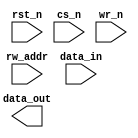
////////////////////////////////////////////////////////////////////////////////
//
//       This confidential and proprietary software may be used only
//     as authorized by a licensing agreement from Synopsys Inc.
//     In the event of publication, the following notice is applicable:
//
//                    (C) COPYRIGHT 1996 - 2018 SYNOPSYS INC.
//                           ALL RIGHTS RESERVED
//
//       The entire notice above must be reproduced on all authorized
//     copies.
//
//
// VERSION:   Simulation Architecture
//
// DesignWare_version: 7285f3f5
// DesignWare_release: O-2018.06-DWBB_201806.3
//
////////////////////////////////////////////////////////////////////////////////
//-----------------------------------------------------------------------------------
//
// ABSTRACT:  Single-Port RAM (Latch-Based)
//            (latch based memory array)
//
//              Parameters:     Valid Values
//              ===========     ============
//              data_width      [ 1 to 256 ]
//              depth           [ 2 to 256 ]
//              rst_mode        [ 0 = asynchronous reset,
//                                1 = no reset ]
//
//              Input Ports:    Description
//              ============    ===========
//              rst_n           Reset (active low)
//              cs_n            Chip Select (active low)
//              wr_n            Write Enable (active low)
//              rw_addr         Address Bus [ceil( log2(depth) )]
//              data_in         Input data [data_width-1:0]
//
//              Output Ports:   Description
//              =============   ===========
//              data_out        Output data [data_width-1:0]
//
//      NOTE: This RAM is intended to be used as a scratchpad memory only.
//              For best results keep "depth" and "data_width" less than 65
//              (ie. less than 64 words in RAM) and the overall number of
//              bits less than 256.
//
//              10/18/00  RPH       Rewrote accoding to new guidelines 
//                                  STAR 111067   
//              9/10/14   RJK       Eliminated common async and sync reset coding
//				    style to support VCS NLP
//
//------------------------------------------------------------------------------

module DW_ram_rw_a_lat (rst_n, cs_n, wr_n, rw_addr, data_in, data_out);

   parameter integer data_width = 4;
   parameter integer depth = 8;
   parameter integer rst_mode = 1;


// Address width calculation limited to 8 bits (i.e. max depth 256)
`define DW_addr_width  ((depth>16)?((depth>64)?((depth>128)? 8 : 7) : ((depth>32)? 6 : 5)) : ((depth>4)?((depth>8)? 4 : 3) : ((depth>2)? 2 : 1)))
   
   input     wr_n;
   input     cs_n;
   input     rst_n;
   input [data_width-1 : 0] data_in;   // input port description
   input [`DW_addr_width-1 : 0] rw_addr;

   output [data_width-1 : 0] data_out; // output port description
// synopsys translate_off
   wire [data_width-1:0]   data_in;
   wire [data_width-1:0]   data_in_int;
   reg [data_width-1:0]    mem [depth-1:0];
   
   integer 		   i;
   
   function	any_unknown;
      input[`DW_addr_width-1:0] addr;
      integer	bit_idx;
      begin
	 any_unknown = 1'b0;

	 for (bit_idx = `DW_addr_width-1;
	      bit_idx >= 0 && any_unknown === 1'b0;
	      bit_idx = bit_idx-1)
	 begin
	    if (addr[bit_idx] !== 1'b0 && addr[bit_idx] !== 1'b1)
	      begin
		 any_unknown = 1'b1;
	      end
	 end
      end
   endfunction // any_unknown
   
  
 
  initial begin : parameter_check
    integer param_err_flg;

    param_err_flg = 0;
    
    
  
    if ( (data_width < 1) || (data_width > 256) ) begin
      param_err_flg = 1;
      $display(
	"ERROR: %m :\n  Invalid value (%d) for parameter data_width (legal range: 1 to 256)",
	data_width );
    end
  
    if ( (depth < 2) || (depth > 256 ) ) begin
      param_err_flg = 1;
      $display(
	"ERROR: %m :\n  Invalid value (%d) for parameter depth (legal range: 2 to 256 )",
	depth );
    end
  
    if ( (rst_mode < 0) || (rst_mode > 1 ) ) begin
      param_err_flg = 1;
      $display(
	"ERROR: %m :\n  Invalid value (%d) for parameter rst_mode (legal range: 0 to 1 )",
	rst_mode );
    end


  
    if ( param_err_flg == 1) begin
      $display(
        "%m :\n  Simulation aborted due to invalid parameter value(s)");
      $finish;
    end

  end // parameter_check 


  assign data_out = (rw_addr < depth && cs_n === 1'b0) ? 
		     (any_unknown(rw_addr) ? 
		      {data_width{1'bx}} : mem[rw_addr]) : {data_width{1'b0}};
   
   assign data_in_int = (any_unknown(data_in)) ? {data_width{1'bx}} : data_in;
   
   
generate
 if (rst_mode == 0) begin : GEN_RM_EQ_0
   always @(cs_n or rw_addr or wr_n or data_in_int or rst_n)
     begin : mk_ar_mem
	if (rst_n === 1'b0) begin
	   for (i = 0; i < depth; i = i + 1) begin
	      mem[i] = {data_width{1'b0}};
	   end 
	end
	else if (rst_n === 1'b1) begin
	   if (cs_n === 1'b0) begin
	      if (wr_n === 1'b0) begin
		 if (any_unknown(rw_addr) == 1'b1) begin
		    for (i = 0; i < depth; i = i + 1) begin
		       mem[i] = {data_width{1'bx}};
		    end 
		 end
		 else begin
		    mem[rw_addr] = data_in_int;
		 end // else: !if(any_unknown(rw_addr) == 1'b1)
	      end // if (cs_n === 1'b0)
	      else if(wr_n === 1'b1) begin
		 // do nothing
	      end
	      else begin
		 if (any_unknown(rw_addr) == 1'b1) begin
		    for (i = 0; i < depth; i = i + 1) begin
		       mem[i] = {data_width{1'bx}};
		    end 
		 end
		 else begin
		    mem[rw_addr] = {data_width{1'bx}};
		 end // else: !if(any_unknown(rw_addr) == 1'b1)
	      end
	   end // if (cs_n === 1'b0)
	   else if (cs_n === 1'b1) begin
	      // do nothing
	   end
	   else begin
	      if (any_unknown(rw_addr) == 1'b1) begin
		 for (i = 0; i < depth; i = i + 1) begin
		    mem[i] = {data_width{1'bx}};
		 end 
	      end
	      else begin
		 mem[rw_addr] = data_in_int;
	      end // else: !if(any_unknown(rw_addr) == 1'b1)
	   end // else: !if(cs_n === 1'b1)
	end // if (rst_n === 1'b1)
	else begin
	   for (i = 0; i < depth; i = i + 1) begin
	      mem[i] = {data_width{1'bx}};
	   end 
	end // else: !if(rst_n === 1'b1)
     end // block: mk_ar_mem
  end else begin : GEN_RM_NE_0
   always @(cs_n or rw_addr or wr_n or data_in_int)
     begin : mk_nr_mem
       if (cs_n === 1'b0) begin
	  if (wr_n === 1'b0) begin
	     if (any_unknown(rw_addr) == 1'b1) begin
		for (i = 0; i < depth; i = i + 1) begin
		   mem[i] = {data_width{1'bx}};
		end 
	     end
	     else begin
		mem[rw_addr] = data_in_int;
	     end // else: !if(any_unknown(rw_addr) == 1'b1)
	  end // if (cs_n === 1'b0)
	  else if(wr_n === 1'b1) begin
	     // do nothing
	  end
	  else begin
	     if (any_unknown(rw_addr) == 1'b1) begin
		for (i = 0; i < depth; i = i + 1) begin
		   mem[i] = {data_width{1'bx}};
		end 
	     end
	     else begin
		mem[rw_addr] = {data_width{1'bx}};
	     end // else: !if(any_unknown(rw_addr) == 1'b1)
	  end
       end // if (cs_n === 1'b0)
       else if (cs_n === 1'b1) begin
	  // do nothing
       end
       else begin
	  if (any_unknown(rw_addr) == 1'b1) begin
	     for (i = 0; i < depth; i = i + 1) begin
		mem[i] = {data_width{1'bx}};
	     end 
	  end
	  else begin
	     mem[rw_addr] = data_in_int;
	  end // else: !if(any_unknown(rw_addr) == 1'b1)
       end // else: !if(cs_n === 1'b1)
     end // block: mk_nr_mem
  end
endgenerate
// synopsys translate_on
`undef DW_addr_width
endmodule  // DW_ram_rw_a_lat;